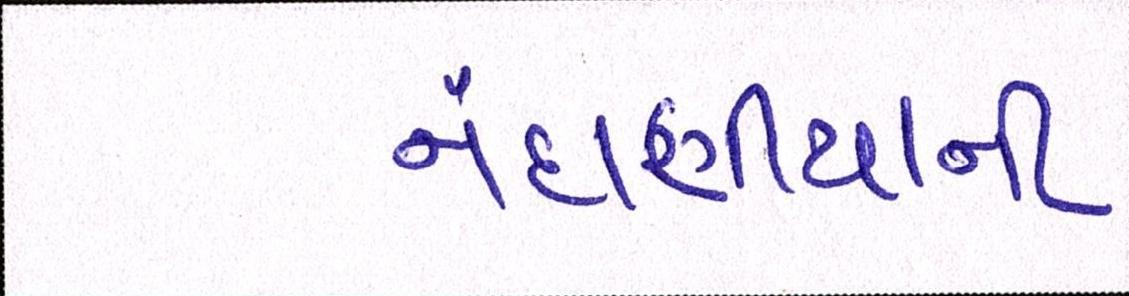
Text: નંદાણીયાની